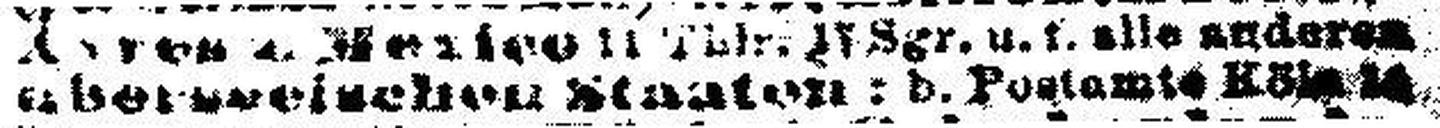
überseeischen Sianien: b. Postamte Köln 14